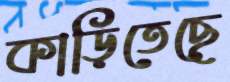
কাড়িতেছে